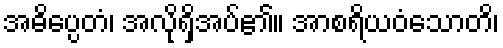
အဓိပ္ပေတံ၊ အလိုရှိအပ်၏။ အာစရိယဝံသောတိ၊